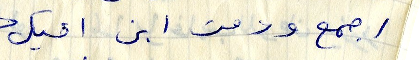
اجمع ودمت ابن اخيك